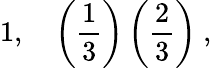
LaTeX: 1,\quad\left(\frac{1}{3}\right)\left(\frac{2}{3}\right)\ ,